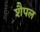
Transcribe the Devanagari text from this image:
शैपल